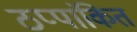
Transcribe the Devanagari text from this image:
ठप्पांकित